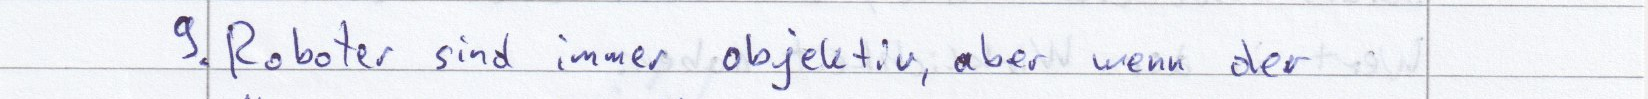
9. Roboter sind immer objektiv, aber wenn der